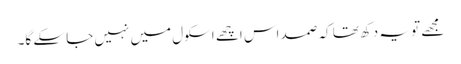
مجھے تو یہ دکھ تھا کہ صمد اس اچھے اسکول میں نہیں جا سکے گا۔